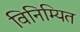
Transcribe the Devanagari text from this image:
विनिम्यित